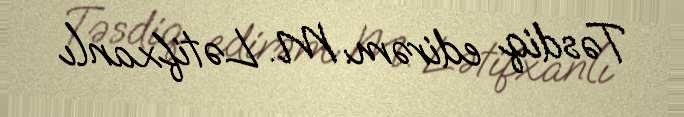
Təsdiq edirəm: M. Lətifxanlı